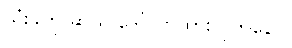
သုံးခုကို ဆယ် ဒေါ်လာထားလိုက်နော်။